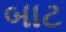
બાટ